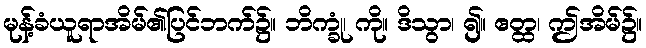
မုန့်ခံယူရာအိမ်၏ပြင်ဘက်၌။ ဘိက္ခုံ၊ ကို။ ဒိသွာ၊ ၍။ ဧတ္ထ၊ ဤအိမ်၌။